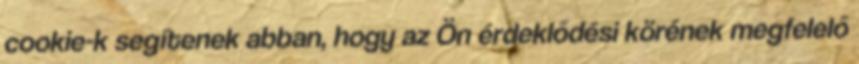
cookie-k segítenek abban, hogy az Ön érdeklődési körének megfelelő